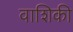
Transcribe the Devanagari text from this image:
वाशिकी